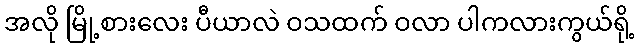
အလို မြို့စားလေး ပီယာလဲ ဝသထက် ဝလာ ပါကလားကွယ်ရို့